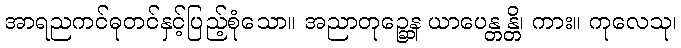
အာရညကင်ဓုတင်နှင့်ပြည့်စုံသော။ အညာတုဉ္ဆေန ယာပေန္တန္တိ၊ ကား။ ကုလေသု၊